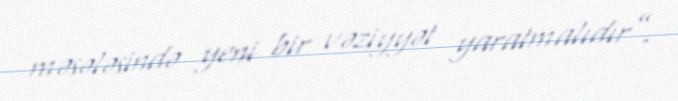
məsələsində yeni bir vəziyyət yaratmalıdır”.